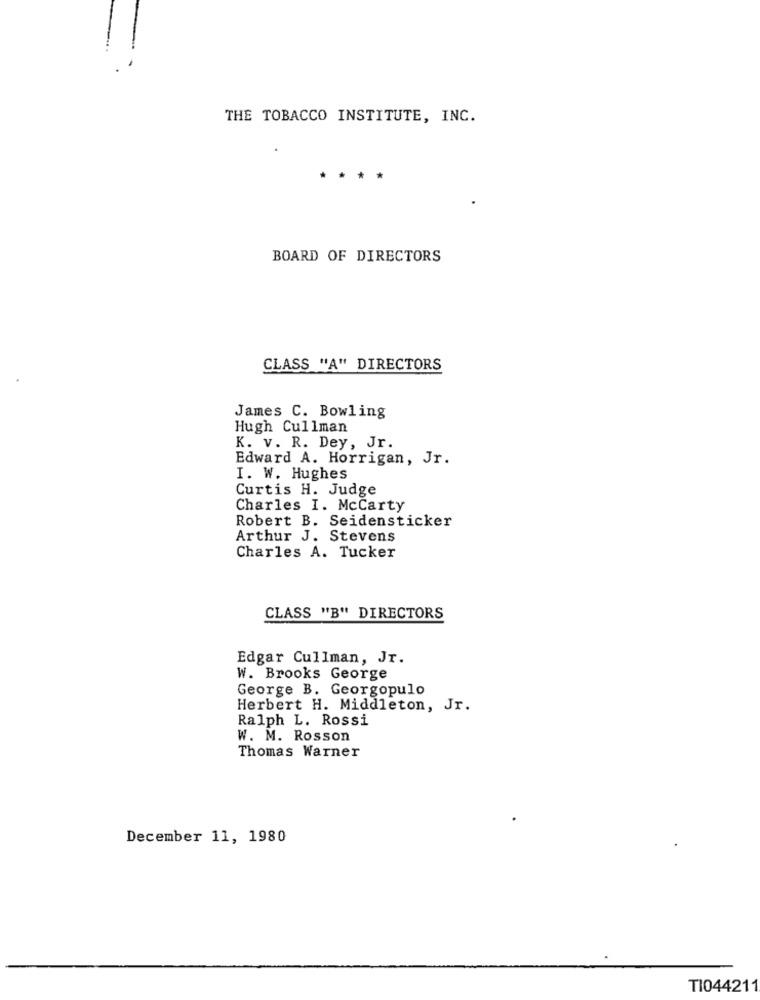
THE TOBACCO INSTITUTE, INC.
****
BOARD OF DIRECTORS
CLASS "A" DIRECTORS
James C. Bowling
Hugh Cullman
K. v. R. Dey, Jr.
Edward A. Horrigan, Jr.
I. W. Hughes
Curtis H. Judge
Charles I. McCarty
Robert B. Seidensticker
Arthur J. Stevens
Charles A. Tucker
CLASS "B" DIRECTORS
Edgar Cullman, Jr.
W. Brooks George
George B. Georgopulo
Herbert H. Middleton, Jr.
Ralph L. Rossi
W. M. Rosson
Thomas Warner
December 11, 1980
TI044211